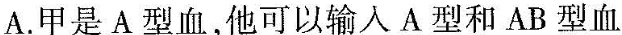
A.甲是A型血，他可以输入A型和AB型血